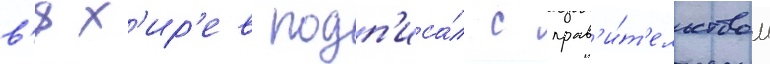
в'ях'ир'ев подп'иса́л с прав'и́т'ельством